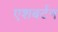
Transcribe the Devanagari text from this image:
एशबर्टन